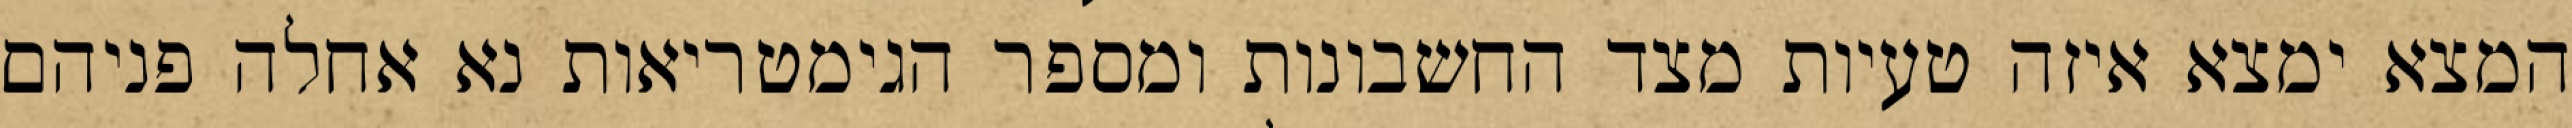
המצא ימצא איזה טעיות מצד החשבונות ומספר הגימטריאות נא אחלה פניהם